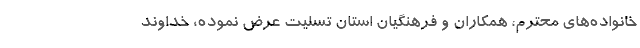
خانواده‌های محترم، همکاران و فرهنگیان استان تسلیت عرض نموده، خداوند